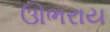
ઊભરાય